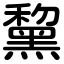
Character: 黧